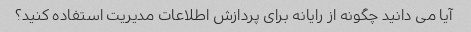
آیا می دانید چگونه از رایانه برای پردازش اطلاعات مدیریت استفاده کنید؟